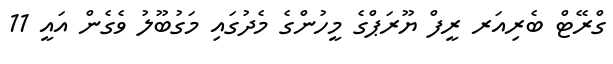
ގްރޭޓް ބެރިއަރ ރީފް ޔޫރަޕްގެ މީހުންގެ މެދުގައި މަގުބޫލު ވެގެން އައީ 11